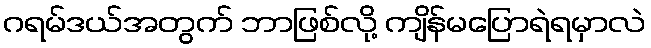
ဂရမ်ဒယ်အတွက် ဘာဖြစ်လို့ ကျိန်မပြောရဲရမှာလဲ